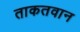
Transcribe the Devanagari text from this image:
ताकतवान